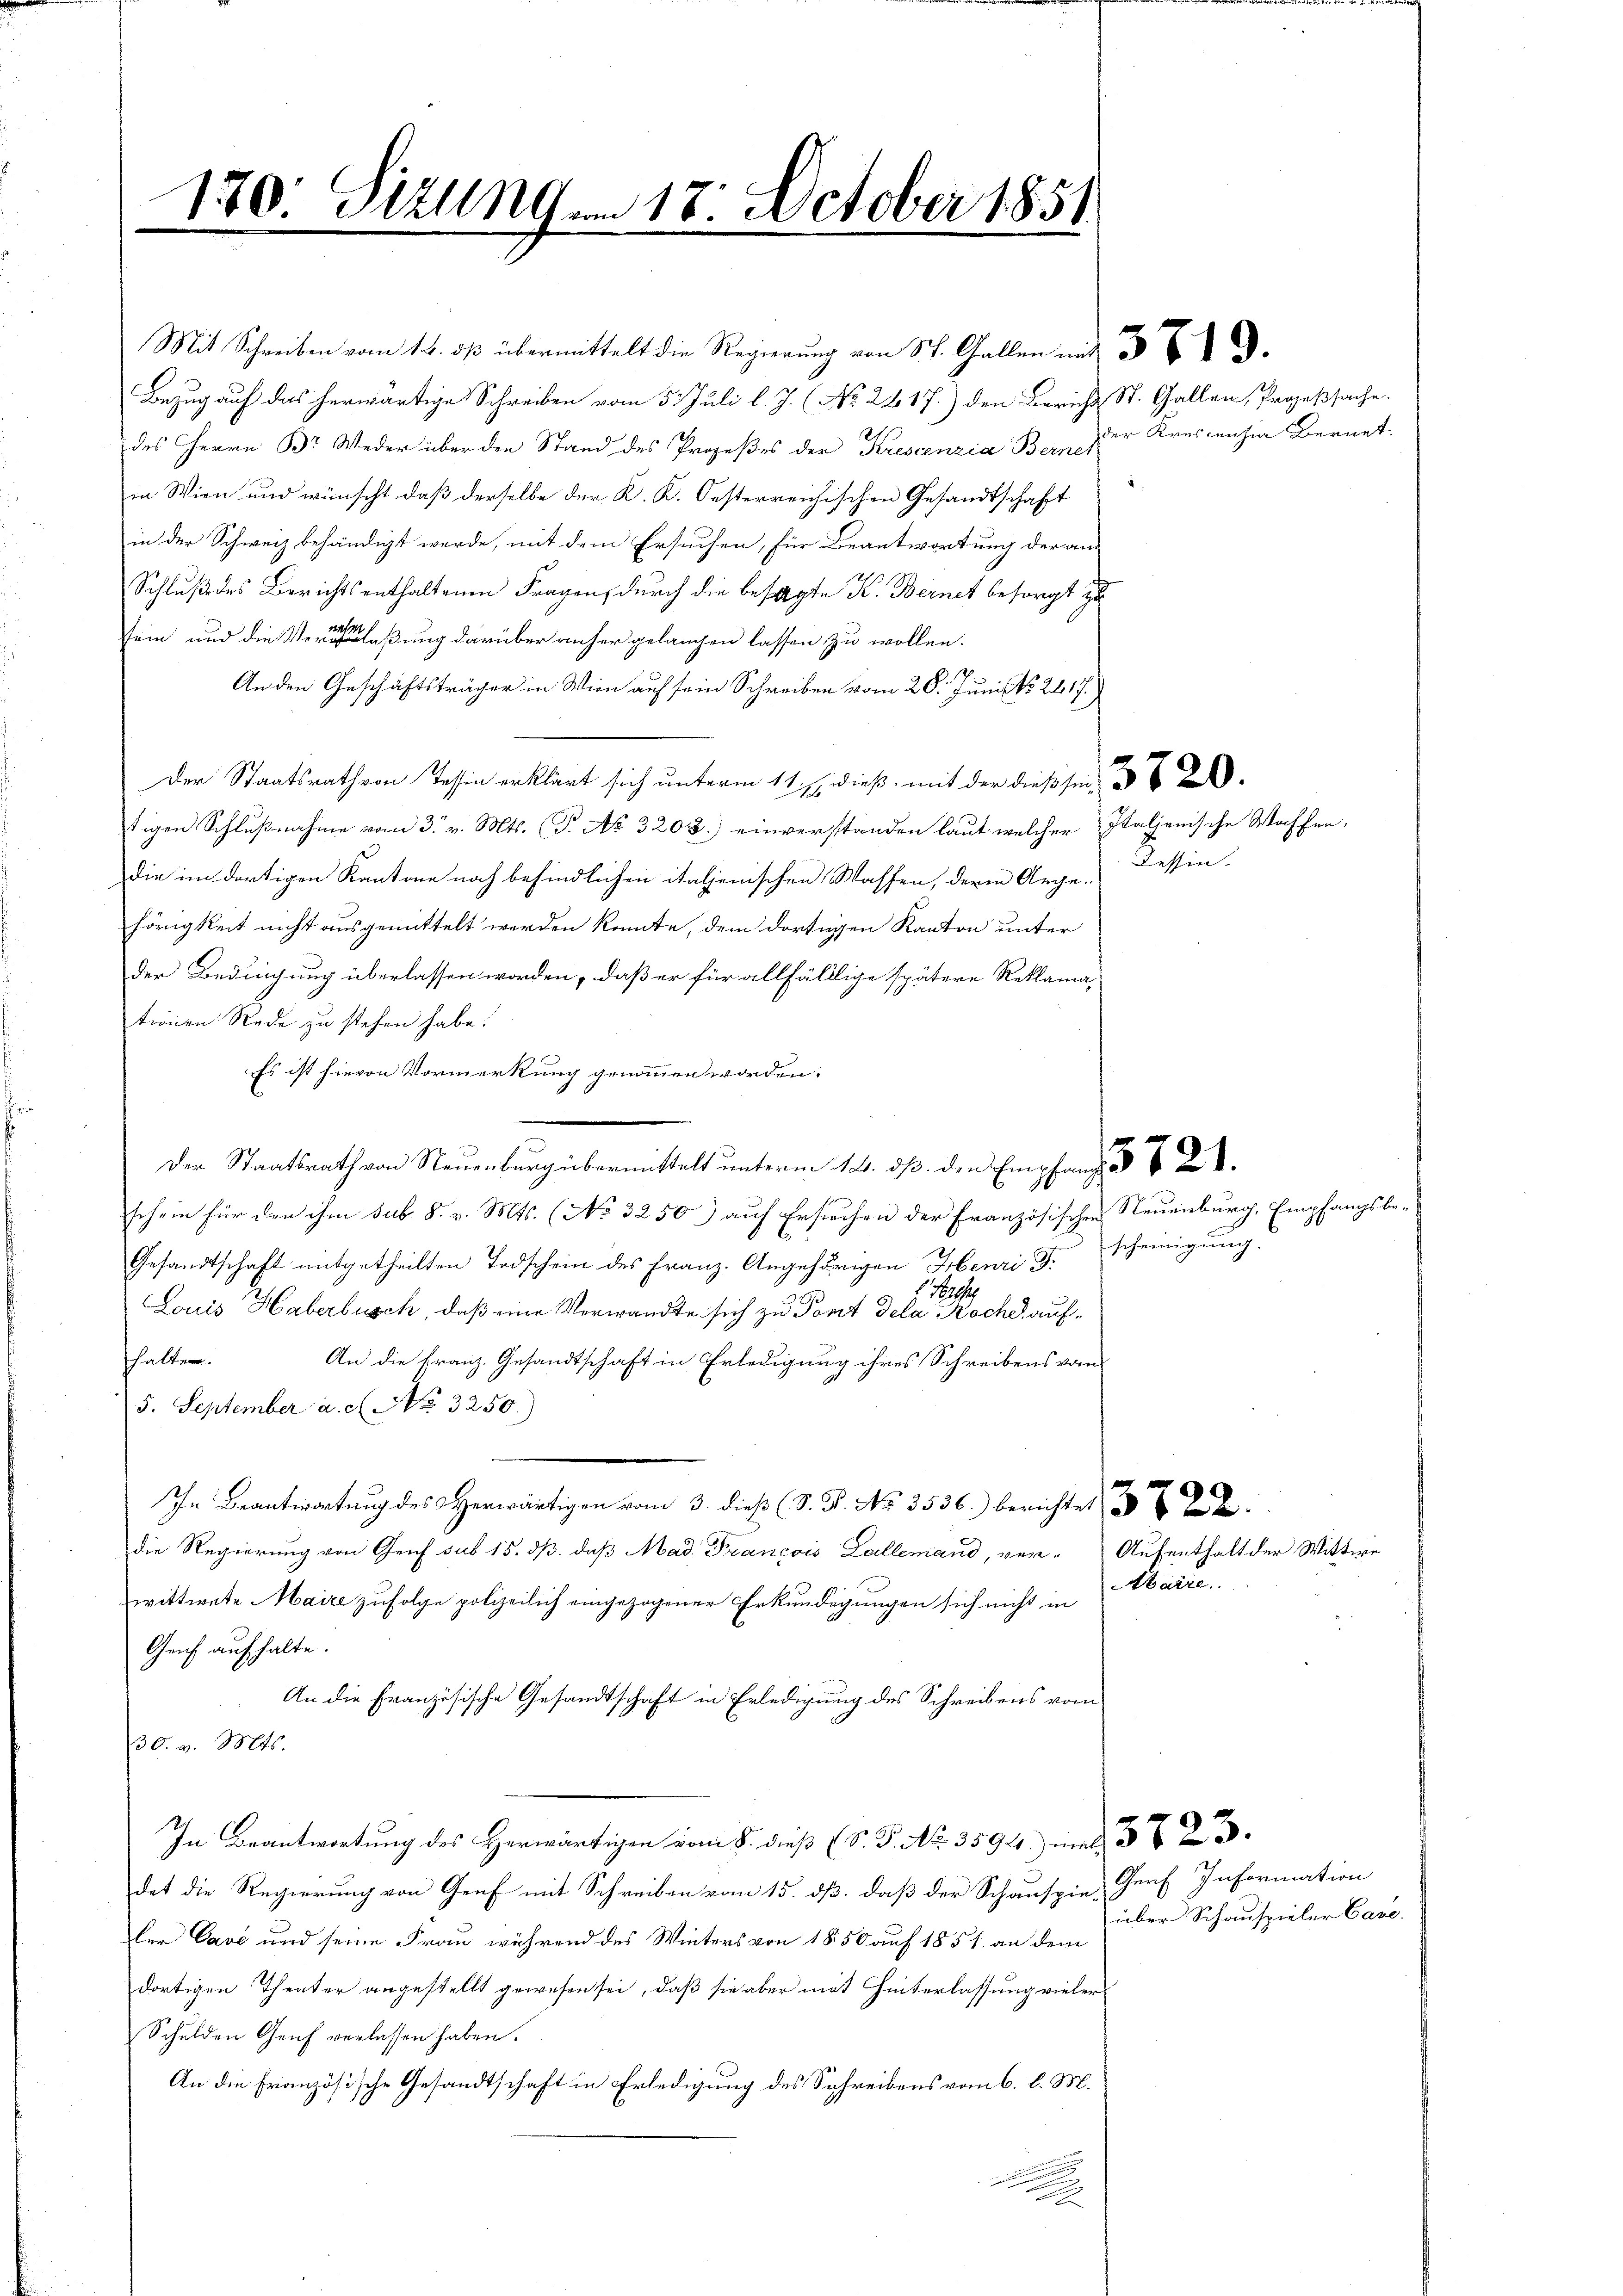
130: Sizung 17. October 1851

Bezug auf das herwärtige Schreiben vom 5. Juli l. J. (No. 2417.) den Bericht St. Gallen, Prozeßsache.
des Herrn Br. Weder über den Stand des Prozeßes der Kresanzia Bern zur Krescenzia Bernet.
in Wien und wünscht, daß derselbe der K. K. Oesterreichischen Gesandtschaft
in der Schweiz behändigt werde, mit dem Ersuchen, für Beantwortung der am
Schluß des Berichts enthaltenen Fragen, durch die besagte K. Bernet besorgt zu
sein und die Veranlaßung darüber anher gelangen lassen zu wollen.
.
An den Geschäftsträger in Wien auf sein Schreiben vom 20. Juni No. 2417.
Der Staatsrath von Tessin erklärt sich unterm 11. s. dieß, mit der dießsei
tigen Schlußnahme vom 3. v. Mts. (T. No 3208.) einverständen laut, welcher Italienische Waffen,
die im dortigen Kantone noch befindlichen italienischen Wassen, deren Ange-
hörigkeit nicht ausgemittelt werden könnte, dem dortigen Kanton unter
der Bedingung überlassen worden, daß er für allfällige spätere Reklama-
tionen Rede zu stehen habe.
Es ist hievon Vormerkung genommen worden.
schein für den ihm sub. 8. v. Mts. (No 3250) auf Ersuchen der Französischen Neuenburg, Empfangsbe¬
Gesandtschaft mitgetheilten Todschein des Franz. Angehörigen Henri J. scheinigung.
G 111
Louis Haberbusch, daß eine Verwandte sich zu Pont dela Roche auffhalten.
An die Franz. Gesandtschaft in Erledigung ihres Schreibens vom
5. September a. c. No. 3250)
In Beantwort des erwärtigen vom 3. dieß (S. P. No. 3536. berichtet
die Regierung von Genf sub 15. ds. daß Mad. Trancois Lallemand, ver-Aufenthalt der Wittwe
wittwete Maire zufolge polizeilich eingezogener Erkundigungen sich nicht in
Genf aufhalte.
An die Französische Gesandtschaft in Erledigung des Schreibens vom
30. v. Mts.
In Beantwortung des Herwärtigen vom 8. dieß (S. P. Nr. 3594) und
det die Regierung von Genf mit Schreiben vom 15. dß. daß der Schauspie-Genf Information
ler Cave und seine Frau während des Winters von 1850 auf 1851 an dem
dortigen Theater angestellt gewesen sei, daß sie aber mit Hinterlassung vieler
Schulden Genf verlassen haben.
An die Französische Gesandtschaft in Erledigung des Schreibens vom 6. l. M.

Mit Schreiben übermittelt die Regierung von St. Gallen mit 3

Der Staatsrath von Neuenburg übermittelt unterm 14. dß. den Empfang

Kessen.

Abarre.

über Schauspieler Care.